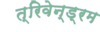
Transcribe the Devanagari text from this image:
त्रिवेन्ड्रम